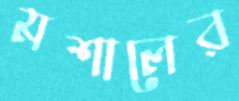
মশালের